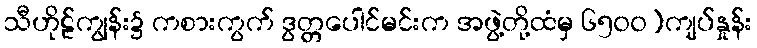
သီဟိုဠ်ကျွန်း၌ ကစားကွက် ဒွတ္တပေါင်မင်းက အဖွဲ့တို့ထံမှ ၆၅၀၀)ကျပ်နှုန်း